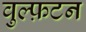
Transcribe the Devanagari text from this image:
वुल्फ़टन